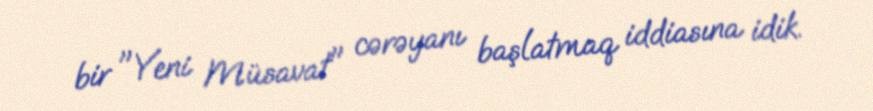
bir "Yeni Müsavat" cərəyanı başlatmaq iddiasına idik.